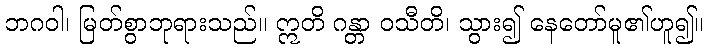
ဘဂဝါ၊ မြတ်စွာဘုရားသည်။ ဣတိ ဂန္တာ ဝသီတိ၊ သွား၍ နေတော်မူ၏ဟူ၍။